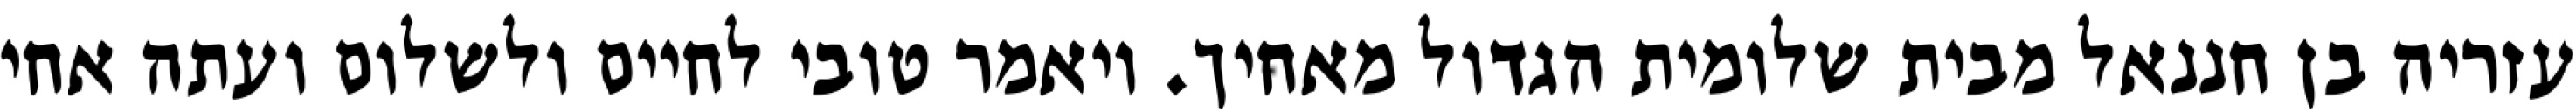
עזריה בן חננאל מבית שלומית הגדול מאחיך. ויאמר טובי לחיים ולשלום ועתה אחי